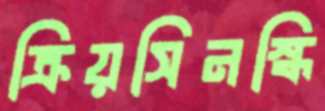
ক্রিয়সিনস্কি